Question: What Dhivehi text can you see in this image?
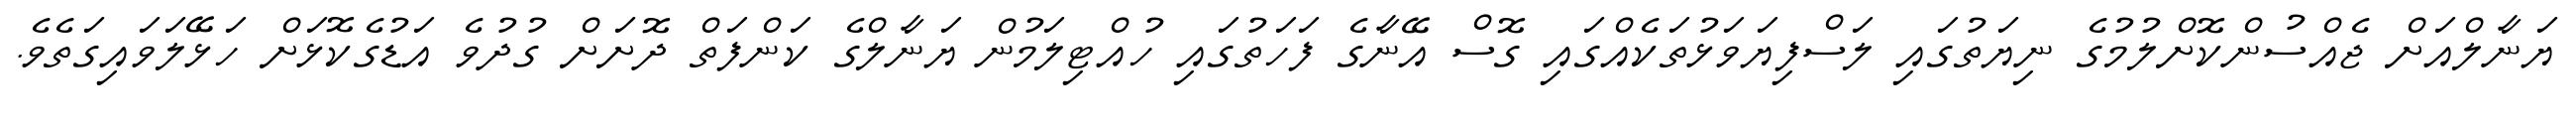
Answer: ޔަނާލްއަށް ޖެއްސުންކޮށްލުމުގެ ނިޔަތުގައި ލަސްފިޔަވަޅުތަކެއްގައި ގޮސް އޭނާގެ ފަހަތުގައި ހުއްޓިލަމުން ޔަނާލްގެ ކަންފަތް ދޮށަށް ގުދުވެ އަޑުގެކޮޅަށް ހަޅޭލަވައިގަތެވެ.